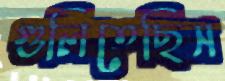
গুলিতেছিস